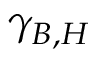
\gamma _ { B , H }